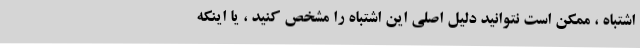
اشتباه ، ممکن است نتوانید دلیل اصلی این اشتباه را مشخص کنید ، یا اینکه